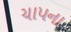
ચાપના